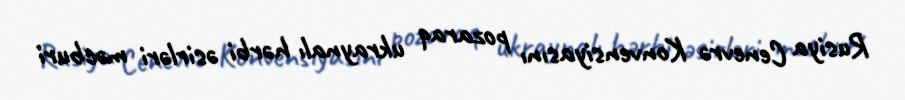
Rusiya Cenevrə Konvensiyasını pozaraq ukraynalı hərbi əsirləri məcburi